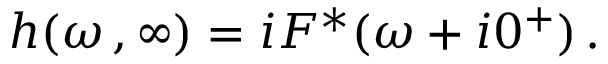
h ( \omega \, , \infty ) = i F ^ { * } ( \omega + i 0 ^ { + } ) \, .